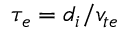
\tau _ { e } = d _ { i } / v _ { t e }